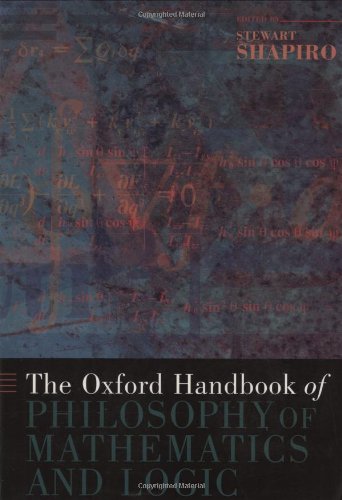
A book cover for The Oxford Handbook of Philosophy of Mathematics and Logic (Oxford Handbooks); Politics & Social Sciences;